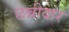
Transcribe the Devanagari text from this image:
छन्नीदार